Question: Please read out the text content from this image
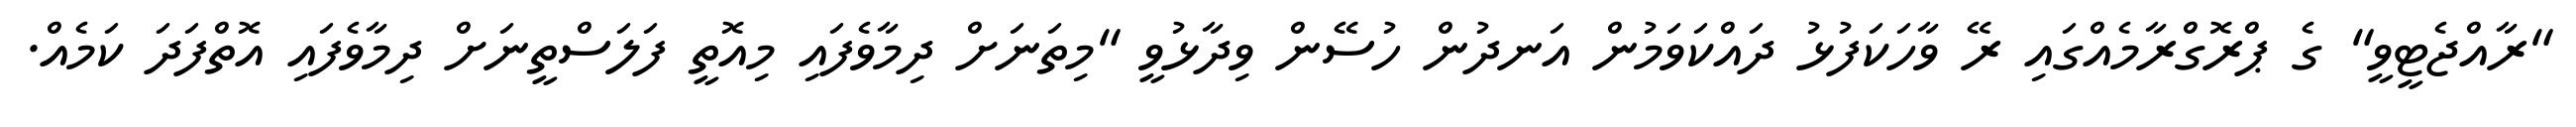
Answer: "ރާއްޖެޓީވީ" ގެ ޕްރޮގްރާމެއްގައި ރޭ ވާހަކަފުޅު ދައްކަވަމުން އަނދުން ހުސޭން ވިދާޅުވީ "މިތަނަށް ދިމާވެފައި މިއޮތީ ފަލަސްތީނަށް ދިމާވެފައި އޮތްފަދަ ކަމެއް.